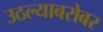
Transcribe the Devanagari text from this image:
उठल्याबरोबर